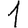
Digit: 1